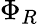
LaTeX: \Phi_{R}